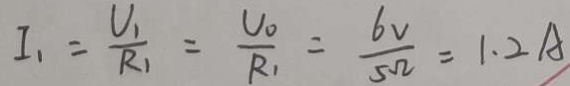
I _ { 1 } = \frac { U _ { 1 } } { R _ { 1 } } = \frac { U _ { 0 } } { R _ { 1 } } = \frac { 6 V } { 5 \Omega } = 1 . 2 A